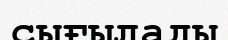
сығылады